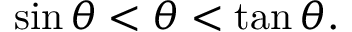
\sin \theta < \theta < \tan \theta .